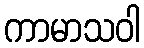
ကာမာသဝါ